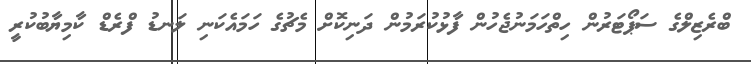
ބްރެޒިލްގެ ސަޕޯޓަރުން ހިތްހަމަނުޖެހުން ފާޅުކުރަމުން ދަނިކޮށް މެޗުގެ ހަމައެކަނި ލަނޑު ފްރެޑް ކާމިޔާބުކުރީ